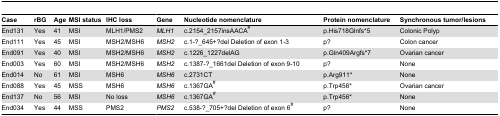
| Case | rBG | Age | MSI status | IHC loss | Gene | Nucleotide nomenclature | Protein nomenclature | Synchronous tumor/lesions |
 | --- | --- | --- | --- | --- | --- | --- | --- | --- |
 | End131 | Yes | 41 | MSI | MLH1/PMS2 | MLH1 | c.2154_2157insAACA# | p.His718Glnfs*5 | Colonic Polyp |
 | End111 | Yes | 45 | MSI | MSH2/MSH6 | MSH2 | c.1-?_645+?del Deletion of exon 1-3 | p? | Colon cancer |
 | End091 | Yes | 40 | MSI | MSH2/MSH6 | MSH2 | c.1226_1227delAG | p.Gln409Argfs*7 | Ovarian cancer |
 | End003 | Yes | 60 | MSI | MSH2/MSH6 | MSH2 | c.1387-?_1661del Deletion of exon 9-10 | p? | None |
 | End014 | No | 61 | MSI | MSH6 | MSH6 | c.2731CT | p.Arg911* | None |
 | End088 | Yes | 45 | MSS | MSH6 | MSH6 | c.1367GA# | p.Trp456* | Ovarian cancer |
 | End137 | No | 56 | MSI | No loss | MSH6 | c.1367GA# | p.Trp456* | None |
 | End034 | Yes | 44 | MSS | PMS2 | PMS2 | c.538-?_705+?del Deletion of exon 6# | p? | None |